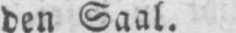
den Saal.